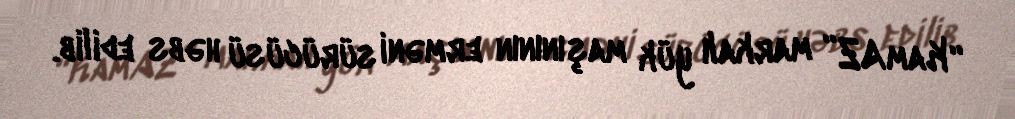
“KamAZ” markalı yük maşınının erməni sürücüsü həbs edilib.